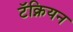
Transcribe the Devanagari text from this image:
टॅक्नियन